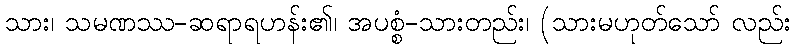
သား၊ သမဏဿ-ဆရာရဟန်း၏၊ အပစ္စံ-သားတည်း၊ (သားမဟုတ်သော် လည်း